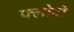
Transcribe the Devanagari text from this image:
फ्लोरों